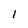
Character: I